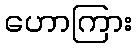
ဟောကြား